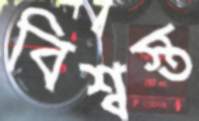
বিশ্বস্ত